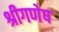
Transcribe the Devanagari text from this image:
श्रीगणेष